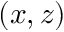
( x , z )